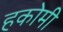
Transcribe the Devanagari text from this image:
हकोमी